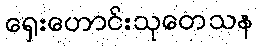
ရှေးဟောင်းသုတေသန